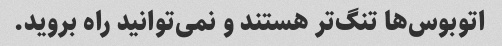
اتوبوس‌ها تنگ‌تر هستند و نمی‌توانید راه بروید.